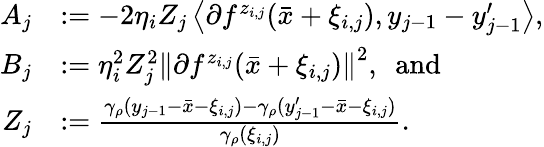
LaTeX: \begin{array}{rl}{A_{j}}&{:=-2\eta_{i}Z_{j}\left\langle\partial f^{z_{i,j}}(\bar{x}+\xi_{i,j}),y_{j-1}-y_{j-1}^{\prime}\right\rangle,}\\ {B_{j}}&{:=\eta_{i}^{2}Z_{j}^{2}\left\lVert\partial f^{z_{i,j}}(\bar{x}+\xi_{i,j})\right\rVert^{2},~~\mathrm{and}}\\ {Z_{j}}&{:=\frac{\gamma_{\rho}(y_{j-1}-\bar{x}-\xi_{i,j})-\gamma_{\rho}(y_{j-1}^{\prime}-\bar{x}-\xi_{i,j})}{\gamma_{\rho}(\xi_{i,j})}.}\end{array}